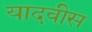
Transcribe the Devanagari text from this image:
यादवीस